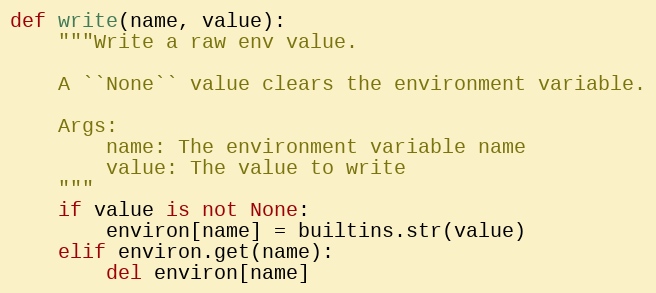
Language: Python
def write(name, value):
    """Write a raw env value.

    A ``None`` value clears the environment variable.

    Args:
        name: The environment variable name
        value: The value to write
    """
    if value is not None:
        environ[name] = builtins.str(value)
    elif environ.get(name):
        del environ[name]